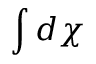
\int d \chi